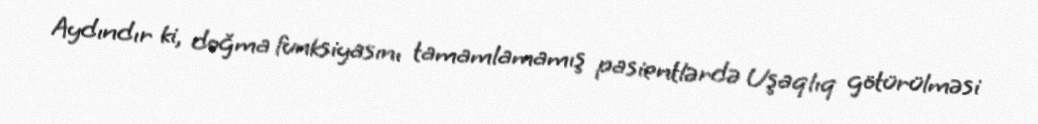
Aydındır ki, doğma funksiyasını tamamlamamış pasientlərdə Uşaqlıq götürülməsi